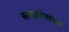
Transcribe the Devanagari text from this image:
समादेशपत्र